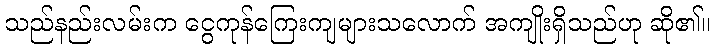
သည်နည်းလမ်းက ငွေကုန်ကြေးကျများသလောက် အကျိုးရှိသည်ဟု ဆို၏။